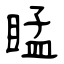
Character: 䁅